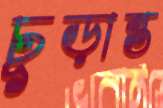
চূড়ান্ত